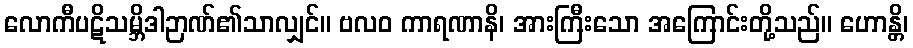
လောကီပဋိသမ္ဘိဒါဉာဏ်၏သာလျှင်။ ဗလဝ ကာရဏာနိ၊ အားကြီးသော အကြောင်းတို့သည်။ ဟောန္တိ၊